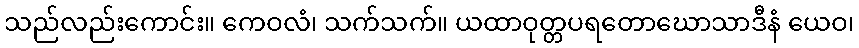
သည်လည်းကောင်း။ ကေဝလံ၊ သက်သက်။ ယထာဝုတ္တပရတောဃောသာဒီနံ ယေဝ၊